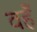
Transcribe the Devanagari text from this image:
वहँ